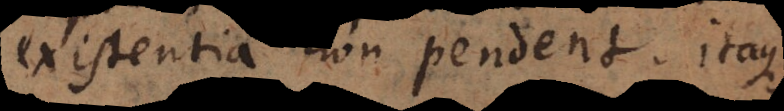
existentia non pendent. Itaque